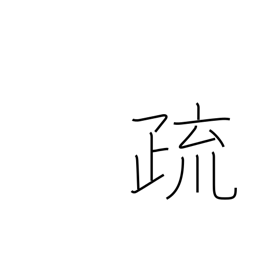
Meaning: note